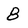
Character: 8